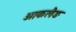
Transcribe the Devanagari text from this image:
आकलैङ